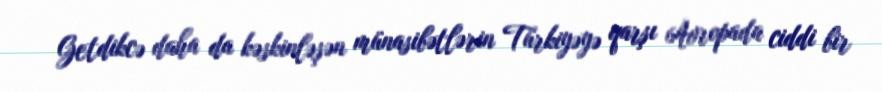
Getdikcə daha da kəskinləşən münasibətlərin Türkiyəyə qarşı Avropada ciddi bir